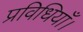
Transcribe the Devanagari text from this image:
प्रविधियाँ।